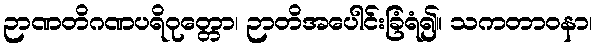
ဉာဏတိဂဏပရိဝုတ္တော၊ ဉာတိအပေါင်းခြံရံ၍။ သကတာဝနာ၊